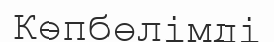
Көпбөлімді